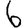
Digit: 6